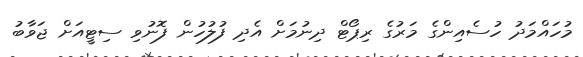
މުހައްމަދު ހުސެއިންގެ މަރުގެ ރިޕޯޓް ދިނުމަށް އެދި ފުލުހުން ފޮނުވި ސިޓީއަށް ޖަވާބު